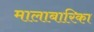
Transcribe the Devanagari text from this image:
मालाबारिका